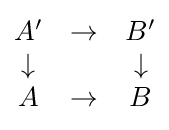
{\begin{matrix}A'&\to &B'\\\downarrow &&\downarrow \\A&\to &B\end{matrix}}